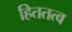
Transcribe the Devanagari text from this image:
हिततत्व